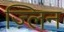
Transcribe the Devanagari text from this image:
ज़्लिन